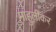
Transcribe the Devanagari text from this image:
माहुलीकर